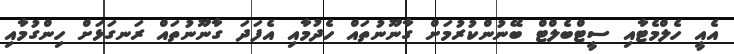
އެއީ ހެލްމެޓާއި ސީޓްބެލްޓް ބޭނުންކުރުމަށް ގާނޫނުތައް ހެދުމާއި އެފަދަ ގާނޫނުތައް ރަނގަޅަށް ހިންގުމާއި